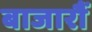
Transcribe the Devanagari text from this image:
बाजारौं